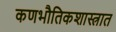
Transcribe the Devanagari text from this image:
कणभौतिकशास्त्रात